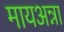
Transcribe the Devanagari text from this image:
मायअन्ना